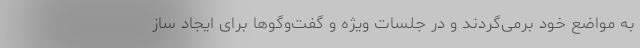
به مواضع خود برمی‌گردند و در جلسات ویژه و گفت‌وگوها برای ایجاد ساز